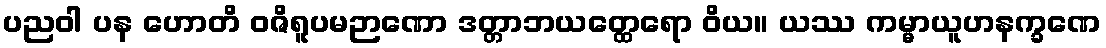
ပညဝါ ပန ဟောတိ ဝဇိရူပမဉာဏော ဒတ္တာဘယတ္ထေရော ဝိယ။ ယဿ ကမ္မာယူဟနက္ခဏေ